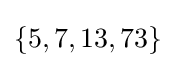
\{5,7,13,73\}